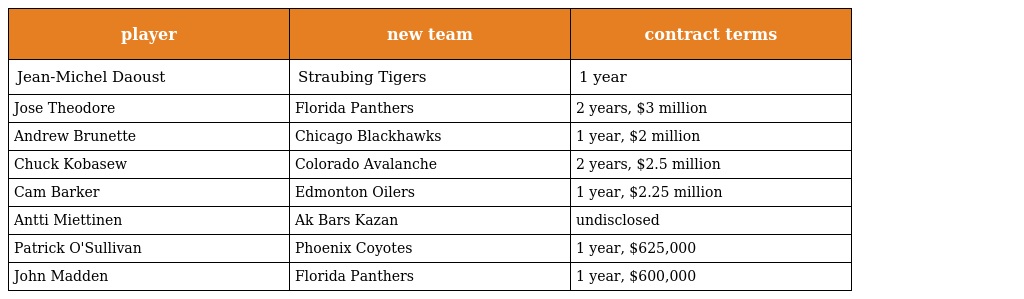
| player | new team | contract terms |
 | --- | --- | --- |
 | Jean-Michel Daoust | Straubing Tigers | 1 year |
 | Jose Theodore | Florida Panthers | 2 years, $3 million |
 | Andrew Brunette | Chicago Blackhawks | 1 year, $2 million |
 | Chuck Kobasew | Colorado Avalanche | 2 years, $2.5 million |
 | Cam Barker | Edmonton Oilers | 1 year, $2.25 million |
 | Antti Miettinen | Ak Bars Kazan | undisclosed |
 | Patrick O'Sullivan | Phoenix Coyotes | 1 year, $625,000 |
 | John Madden | Florida Panthers | 1 year, $600,000 |